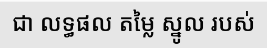
ជា លទ្ធផល តម្លៃ ស្នូល របស់